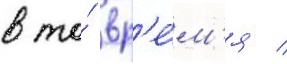
в то́ вр'е́м'я /